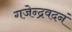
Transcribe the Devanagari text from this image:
गजेन्द्रवदनं